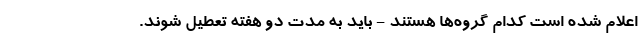
اعلام شده است کدام گروه‌ها هستند - باید به مدت دو هفته تعطیل شوند.